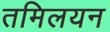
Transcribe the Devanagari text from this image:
तमिलयन